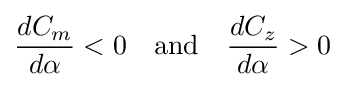
{\frac {dC_{m}}{d\alpha }}<0\quad {\text{and}}\quad {\frac {dC_{z}}{d\alpha }}>0